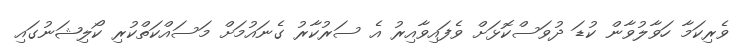
ވެރިކަމާ ހަވާލުވާން ކުޑަ ދުވަސްކޮޅަށް ވެފައިވާއިރު އެ ސަރުކާރު ގެނައުމަށް މަސައްކަތްކުރި ކޯލިޝަނުގައި